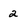
Character: 2